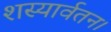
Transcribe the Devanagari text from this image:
शस्यार्वतन।